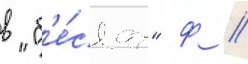
в "б'е́сах" ф //